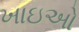
ખાઇઓ